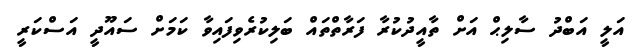
އަލީ އަބްދު ސާލިޙް އަށް ތާއީދުކުރާ ފަރާތްތައް ބަލިކުރެވިފައިވާ ކަމަށް ސައޫދީ އަސްކަރީ